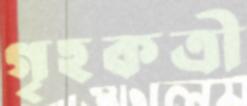
গৃহকত্রী